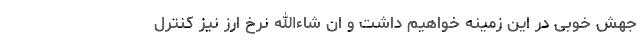
جهش خوبی در این زمینه خواهیم داشت و ان شاء‌الله نرخ ارز نیز کنترل